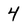
Character: 4